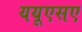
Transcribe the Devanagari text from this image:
ययूएसए